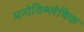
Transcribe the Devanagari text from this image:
मनोविश्लेषिक